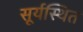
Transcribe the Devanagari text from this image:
सूर्यस्थित